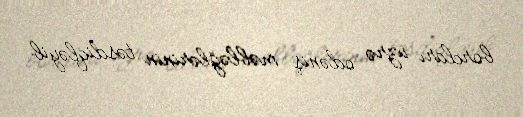
borcları üzrə ödəniş məbləğlərinin təsdiqləyib.